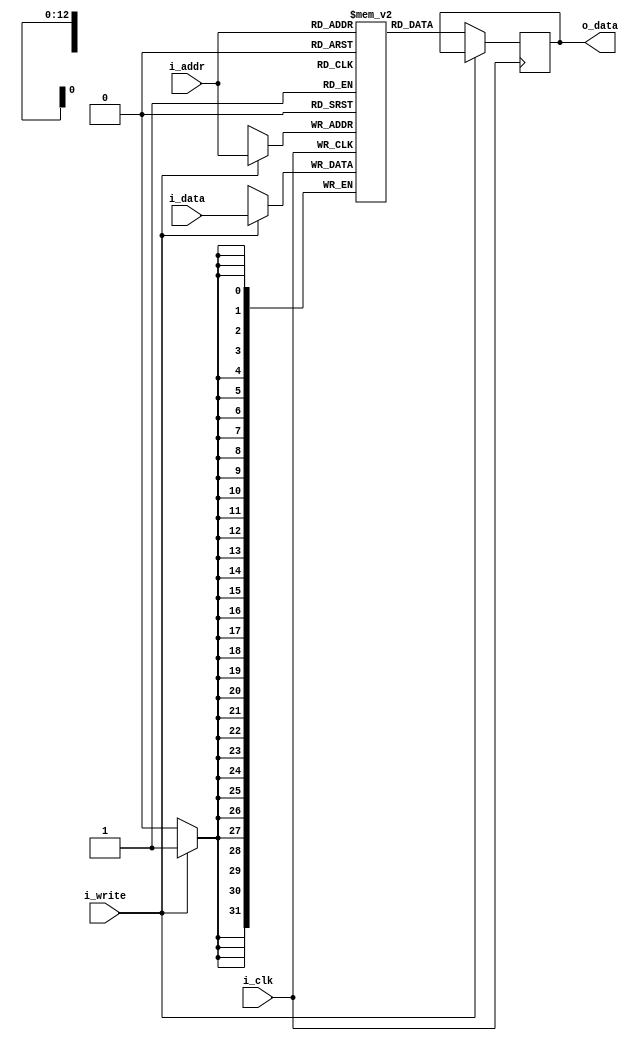
module bram #(parameter ADDR_WIDTH = 13, DATA_WIDTH = 32, DEPTH = 8192) (
    input wire i_clk,
    input wire [ADDR_WIDTH-1:0] i_addr,
    input wire i_write,
    input wire [DATA_WIDTH-1:0] i_data,
    output reg [DATA_WIDTH-1:0] o_data
    );

    reg [DATA_WIDTH-1:0] memory_array [0:DEPTH-1];

    always @ (posedge i_clk)
    begin
        if(i_write) begin
            memory_array[i_addr] <= i_data;
        end
        else begin
            o_data <= memory_array[i_addr];
        end    
    end
endmodule